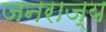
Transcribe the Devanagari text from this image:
जनराज्य